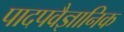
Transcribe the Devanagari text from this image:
पादपवैज्ञानिक